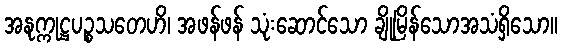
အနုက္ကုဋ္ဌပဉ္စသတေဟိ၊ အဖန်ဖန် သုံးဆောင်သော ချိုမြိန်သောအသံရှိသော။